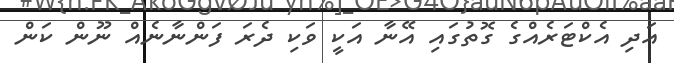
އަދި އެކްޓަރެއްގެ ގޮތުގައި އޭނާ އަކީ ވަކި ދެރަ ފަންނާނެއް ނޫން ކަން